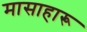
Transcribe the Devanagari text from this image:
मासाहारू